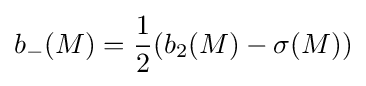
b_{-}(M)={\frac {1}{2}}(b_{2}(M)-\sigma (M))